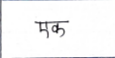
मजकूर: एक